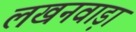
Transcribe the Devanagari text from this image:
लखनवाड़ा